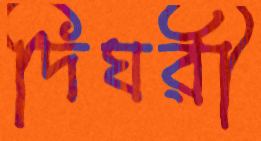
দিঘরী